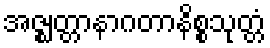
အဇ္ဈတ္တာနာဂတာနိစ္စသုတ္တံ